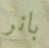
بانر